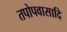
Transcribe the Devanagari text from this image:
तपोपवासादि